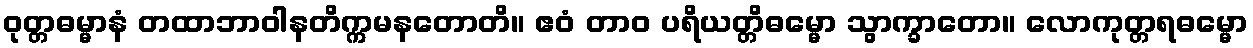
ဝုတ္တဓမ္မာနံ တထာဘာဝါနတိက္ကမနတောတိ။ ဧဝံ တာဝ ပရိယတ္တိဓမ္မော သွာက္ခာတော။ လောကုတ္တရဓမ္မော